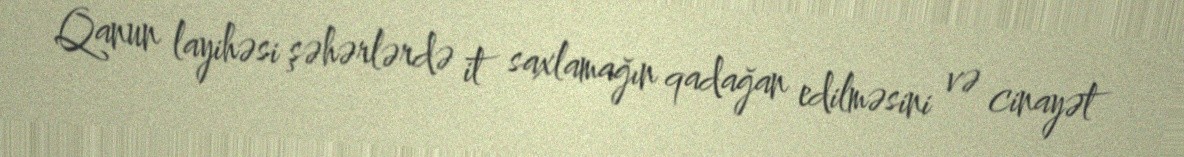
Qanun layihəsi şəhərlərdə it saxlamağın qadağan edilməsini və cinayət